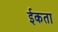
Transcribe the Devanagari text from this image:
ईकता